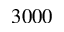
3 0 0 0